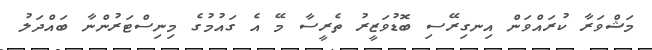
މަޝްވަރާ ކުރައްވަން އިނގިރޭސި ބޮޑުވަޒީރު ތެރީސާ މޭ އެ ގައުމުގެ މިނިސްޓަރުންނާ ބައްދަލު